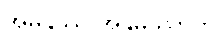
အမနုဿ အနုမဿာတိ